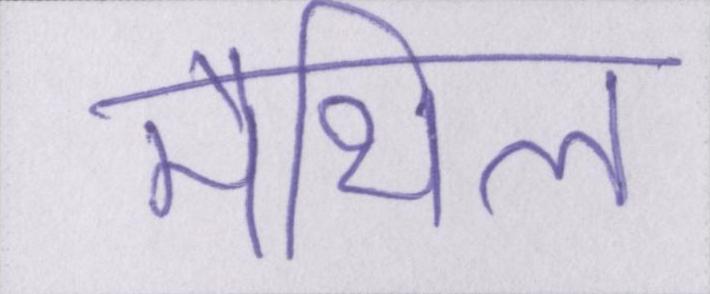
मैथिल